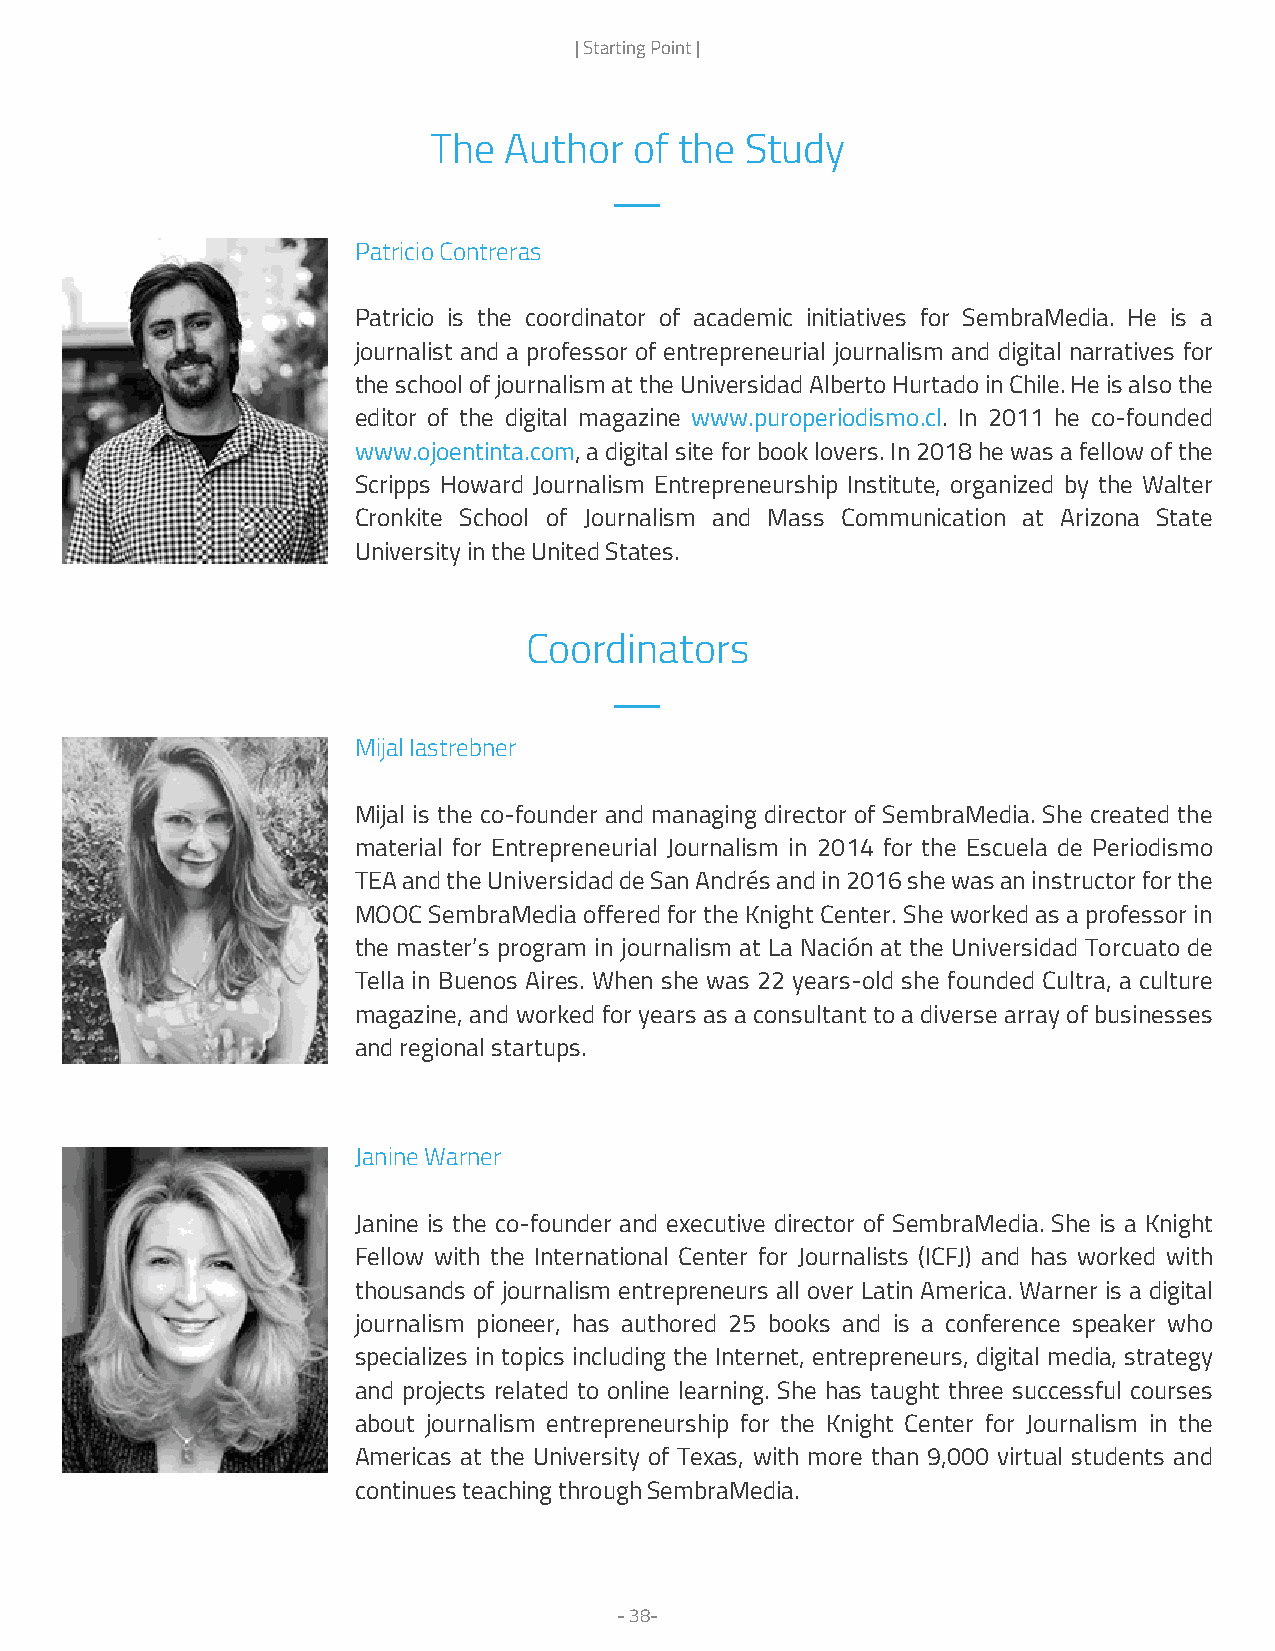
| Starting Point |
 The  Author   of the Study
 —
 Patricio Contreras
 Patricio is the coordinator of academic initiatives for SembraMedia. He is a
 journalist and a professor of entrepreneurial journalism and digital narratives for
 the school of journalism at the Universidad Alberto Hurtado in Chile. He is also the
 editor of the digital magazine www.puroperiodismo.cl. In 2011 he co-founded
 www.ojoentinta.com, a digital site for book lovers. In 2018 he was a fellow of the
 Scripps Howard Journalism Entrepreneurship Institute, organized by the Walter
 Cronkite School of Journalism and Mass Communication at Arizona State
 University in the United States.
 Coordinators
 —
 Mijal Iastrebner
 Mijal is the co-founder and managing director of SembraMedia. She created the
 material for Entrepreneurial Journalism in 2014 for the Escuela de Periodismo
 TEA and the Universidad de San Andrés and in 2016 she was an instructor for the
 MOOC SembraMedia offered for the Knight Center. She worked as a professor in
 the master’s program in journalism at La Nación at the Universidad Torcuato de
 Tella in Buenos Aires. When she was 22 years-old she founded Cultra, a culture
 magazine, and worked for years as a consultant to a diverse array of businesses
 and regional startups.
 Janine Warner
 Janine is the co-founder and executive director of SembraMedia. She is a Knight
 Fellow with the International Center for Journalists (ICFJ) and has worked with
 thousands of journalism entrepreneurs all over Latin America. Warner is a digital
 journalism pioneer, has authored 25 books and is a conference speaker who
 specializes in topics including the Internet, entrepreneurs, digital media, strategy
 and projects related to online learning. She has taught three successful courses
 about journalism entrepreneurship for the Knight Center for Journalism in the
 Americas at the University of Texas, with more than 9,000 virtual students and
 continues teaching through SembraMedia.
 - 38-